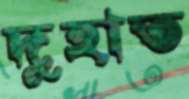
দুহাত